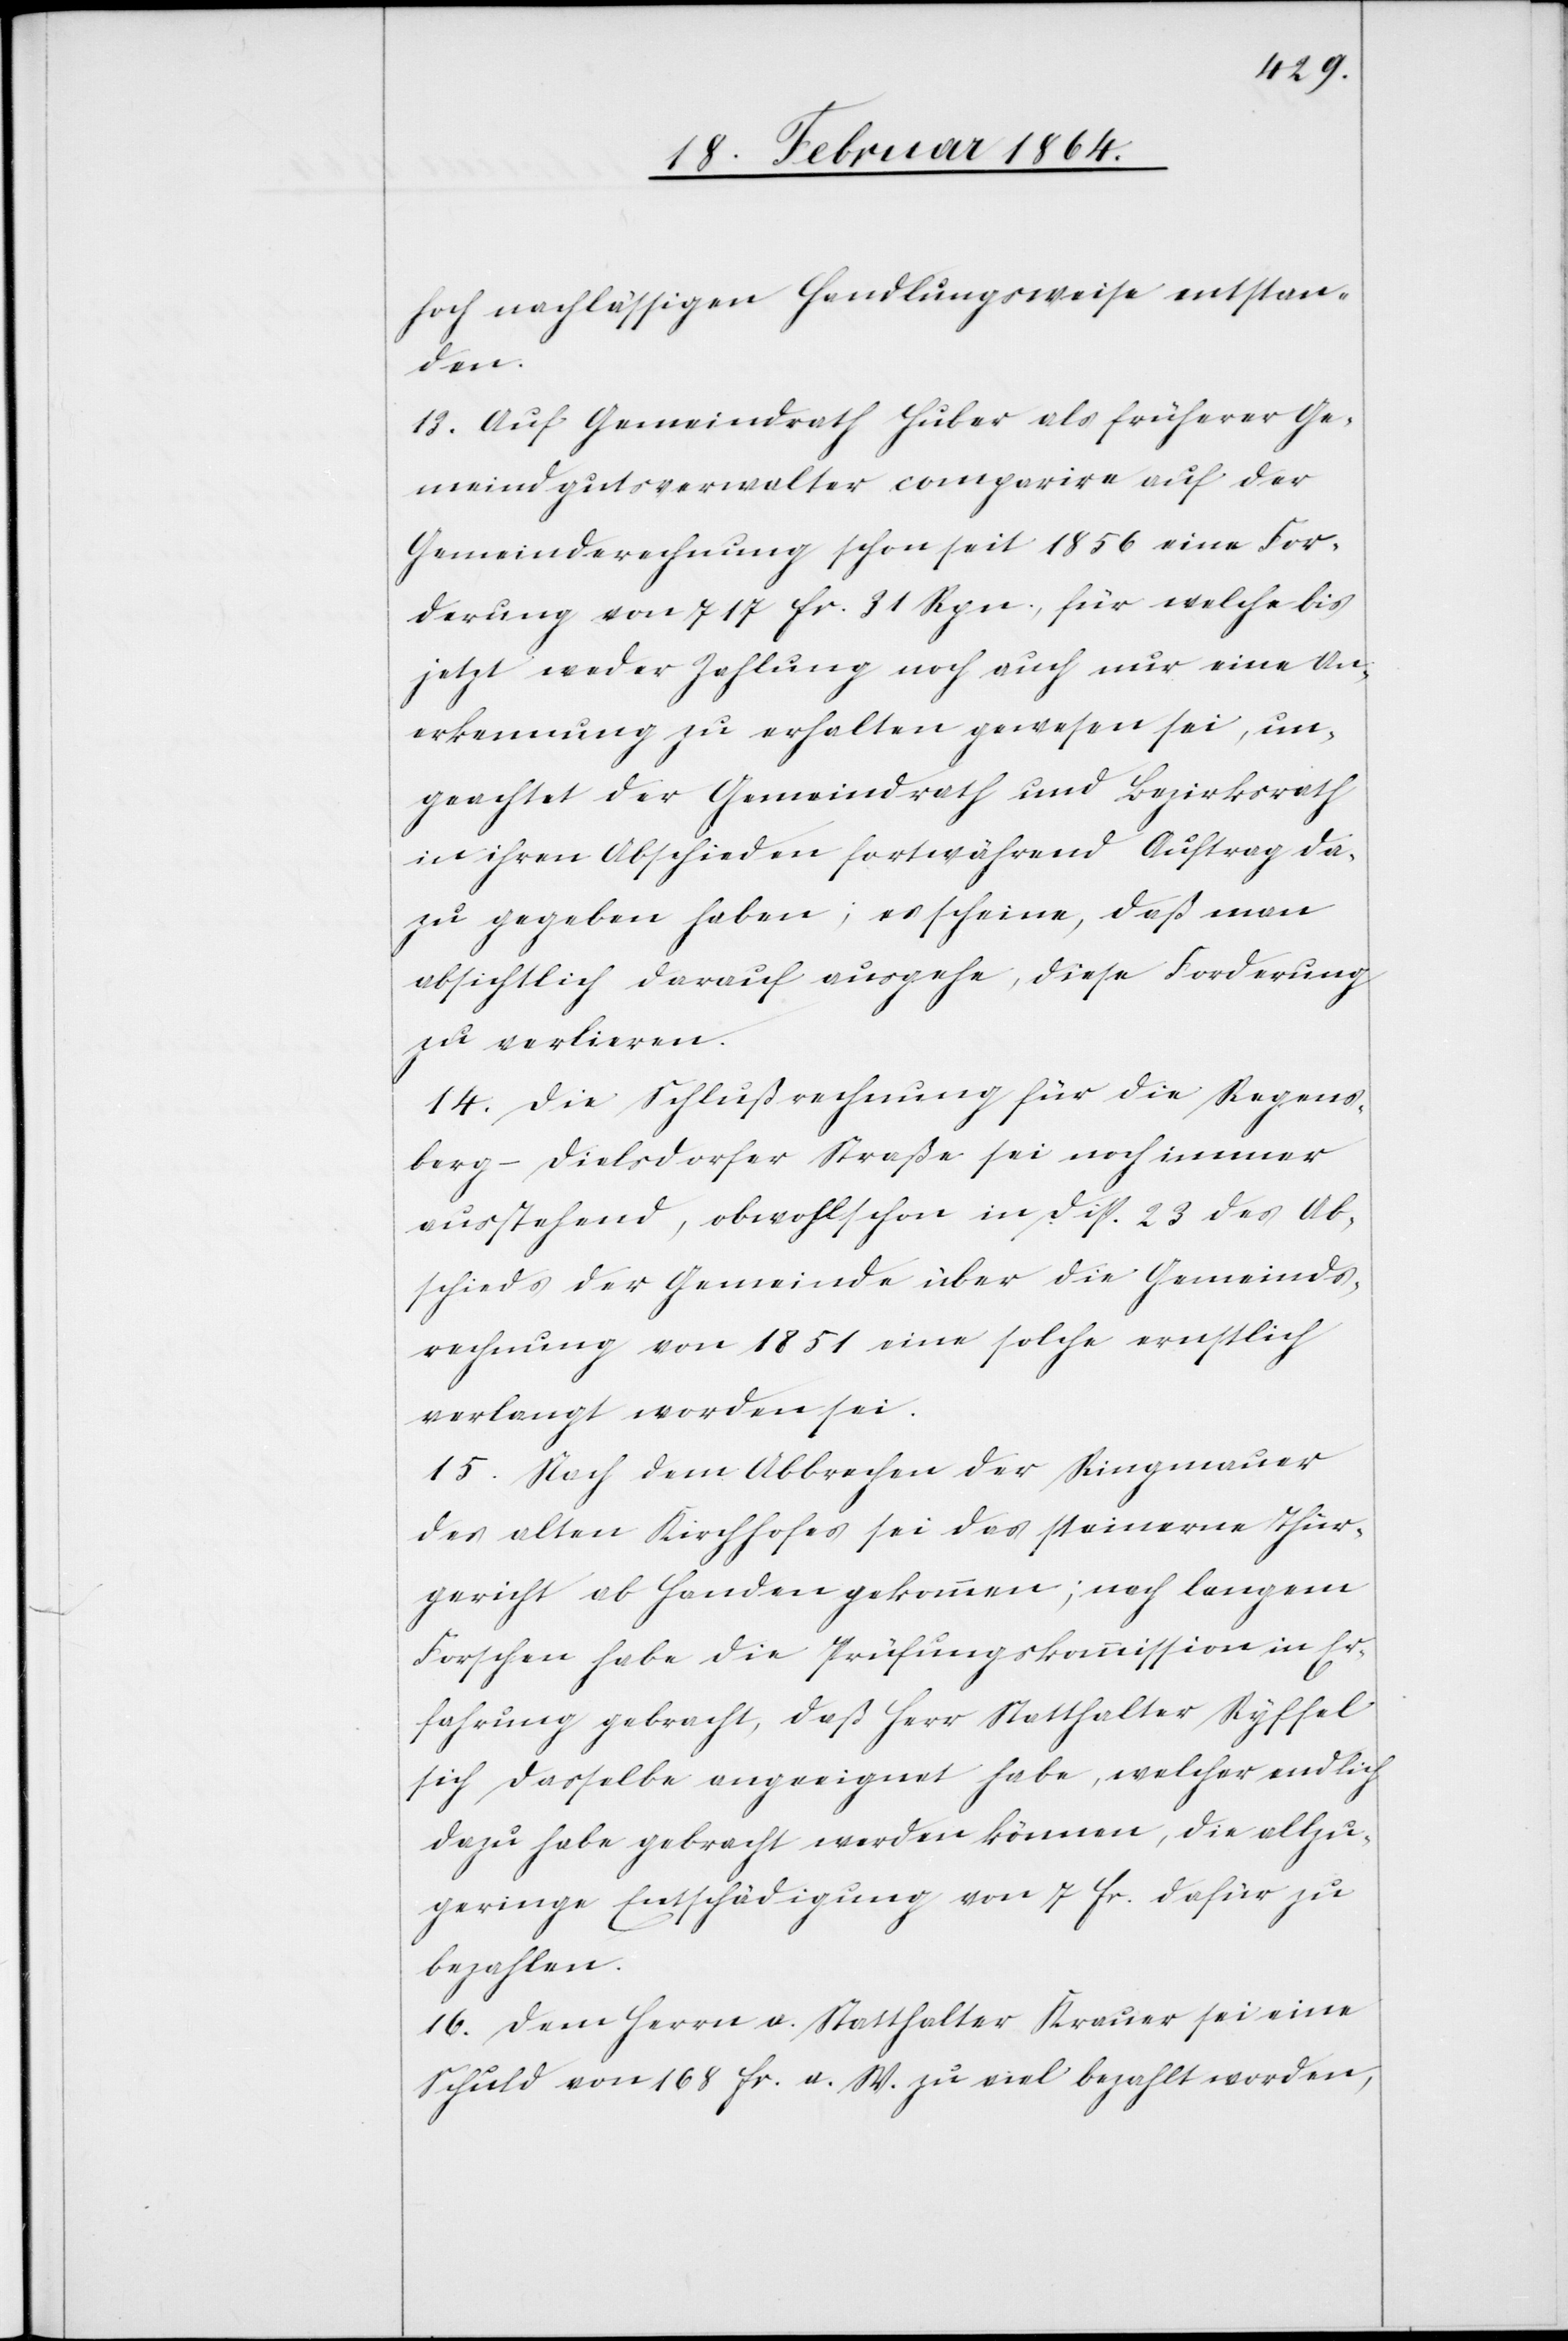
hoch nachlässigen Handlungsweise entstan¬
den.
13. Auf Gemeindrath Huber als früherer Ge¬
meindgutsverwalter comparire auf der
Gemeinderechnung schon seit 1856 eine For¬
derung von 717 fr. 31 Rpn., für welche bis
jetzt weder Zahlung noch auch nur eine An¬
erkennung zu erhalten gewesen sei, un¬
geachtet der Gemeindrath und Bezirksrath
in ihren Abschieden fortwährend Auftrag da¬
zu gegeben haben; es scheine, daß man
absichtlich darauf ausgehe, diese Forderung
zu verlieren.
14. Die Schlußrechnung für die Regens¬
berg–Dielsdorfer Straße sei noch immer
ausstehend, obwohl schon in Disp. 23 des Ab¬
schieds der Gemeinde über die Gemeinds¬
rechnung von 1851 eine solche ernstlich
verlangt worden sei.
15. Nach dem Abbrechen der Ringmauer
des alten Kirchhofes sei das steinerne Thür¬
gericht ab Handen gekommen; nach langem
Forschen habe die Prüfungskommission in Er¬
fahrung gebracht, daß Herr Statthalter Ryffel
sich dasselbe angeeignet habe, welcher endlich
dazu habe gebracht werden können, die allzu¬
geringe Entschädigung von 7 fr. dafür zu
bezahlen.
16. Dem Herrn a. Statthalter Krauer sei eine
Schuld von 168 fr. a. W. zu viel bezahlt worden,